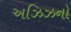
અઝિઝનો